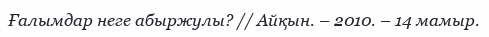
Ғалымдар неге абыржулы? // Айқын. – 2010. – 14 мамыр.